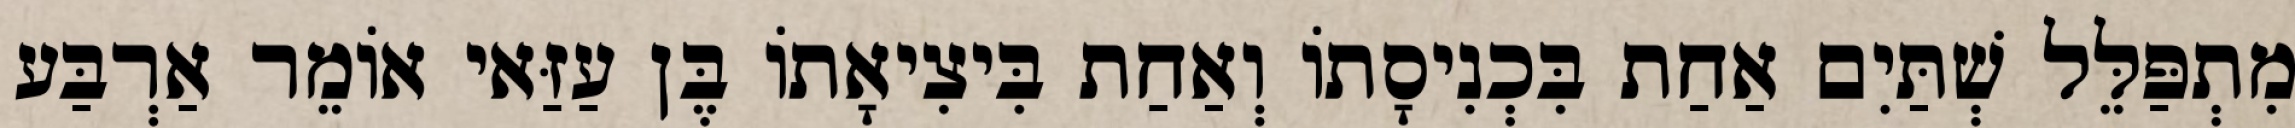
מִתְפַּלֵּל שְׁתַּיִם אַחַת בִּכְנִיסָתוֹ וְאַחַת בִּיצִיאָתוֹ בֶּן עַזַּאי אוֹמֵר אַרְבַּע